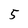
Character: 5